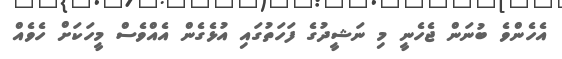
އެހެންވެ ބުނަން ޖެހެނީ މި ނަޝީދުގެ ފަހަތުގައި އުޅެގެން އެއްވެސް މީހަކަށް ހެވެއް